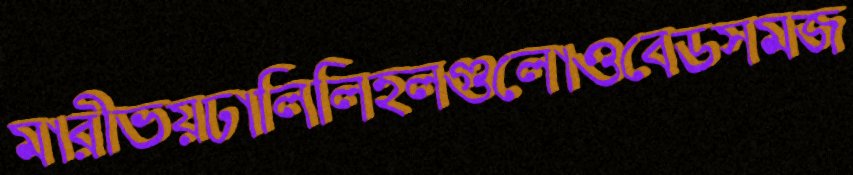
মারীভয়ঢালিলিহলগুলোওবেডসমজ